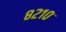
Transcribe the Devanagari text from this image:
८२१०